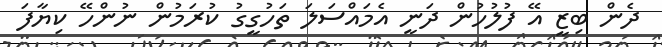
ދެން ބިޒީ އޭ ފުލުހުން ދަނީ އެމައްސަލަ ތަހުގީގު ކުރަމުން ނުންހޭ ކިޔާފަ